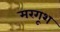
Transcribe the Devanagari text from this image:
मरगूश